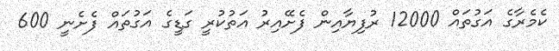
ކެމެރާގެ އަގުތައް 12000 ރުފިޔާއިން ފެށޭއިރު އަތުކުރީ ގަޑީގެ އަގުތައް ފެށެނީ 600